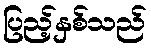
ပြည့်နှစ်သည်